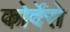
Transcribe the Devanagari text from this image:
कोर्देरो